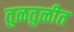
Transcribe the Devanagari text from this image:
तुळतुळीत